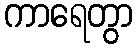
ကာရေတွာ